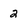
Character: 2